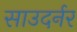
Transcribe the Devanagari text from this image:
साउदर्नर